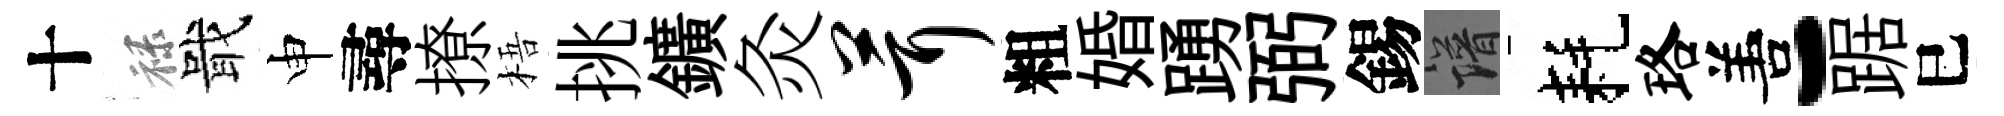
十禄戢申尋撩梧挑鑛灸茸粗婚踴弼錫譜耗珞𠵊-踞巳